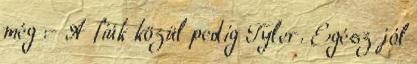
még :- A fiúk közül pedig Tyler. Egész jól